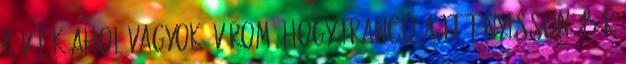
kövülök ahol vagyok, várom, hogy Franco ajtót nyisson. Bár